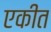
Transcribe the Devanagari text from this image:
एकीत